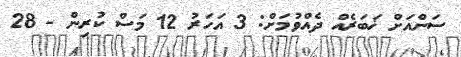
ސަންއަށް ޚަބަރެއް ދެއްވުމަށް: 3 އަހަރު 12 މަސް ކުރިން - 28